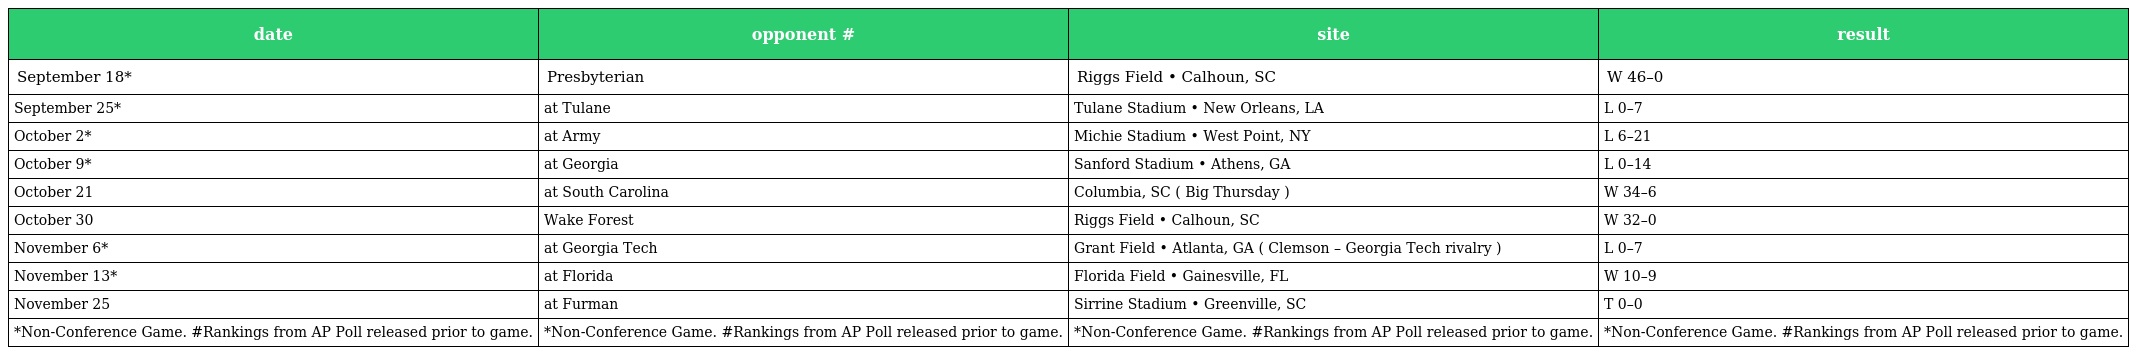
| date | opponent # | site | result |
 | --- | --- | --- | --- |
 | September 18* | Presbyterian | Riggs Field • Calhoun, SC | W 46–0 |
 | September 25* | at Tulane | Tulane Stadium • New Orleans, LA | L 0–7 |
 | October 2* | at Army | Michie Stadium • West Point, NY | L 6–21 |
 | October 9* | at Georgia | Sanford Stadium • Athens, GA | L 0–14 |
 | October 21 | at South Carolina | Columbia, SC ( Big Thursday ) | W 34–6 |
 | October 30 | Wake Forest | Riggs Field • Calhoun, SC | W 32–0 |
 | November 6* | at Georgia Tech | Grant Field • Atlanta, GA ( Clemson – Georgia Tech rivalry ) | L 0–7 |
 | November 13* | at Florida | Florida Field • Gainesville, FL | W 10–9 |
 | November 25 | at Furman | Sirrine Stadium • Greenville, SC | T 0–0 |
 | *Non-Conference Game. #Rankings from AP Poll released prior to game. | *Non-Conference Game. #Rankings from AP Poll released prior to game. | *Non-Conference Game. #Rankings from AP Poll released prior to game. | *Non-Conference Game. #Rankings from AP Poll released prior to game. |